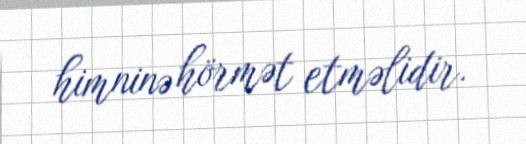
himninə hörmət etməlidir.